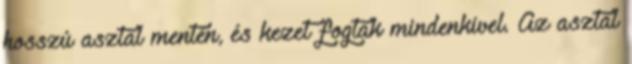
hosszú asztal mentén, és kezet fogtak mindenkivel. Az asztal